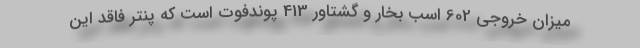
میزان خروجی 602 اسب بخار و گشتاور 413 پوندفوت است که پنتر فاقد این